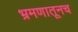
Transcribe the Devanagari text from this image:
भ्रमणातूनच